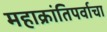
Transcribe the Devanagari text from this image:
महाक्रांतिपर्वाचा